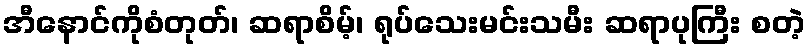
အီနောင်ကိုစံတုတ်၊ ဆရာစိမ့်၊ ရုပ်သေးမင်းသမီး ဆရာပုကြီး စတဲ့